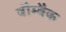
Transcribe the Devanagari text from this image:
बौम्बैक